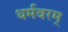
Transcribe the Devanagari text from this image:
धर्मवरम्